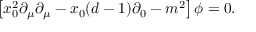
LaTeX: \left[ x _ { 0 } ^ { 2 } \partial _ { \mu } \partial _ { \mu } - x _ { 0 } ( d - 1 ) \partial _ { 0 } - m ^ { 2 } \right] \phi = 0 .